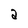
Character: a